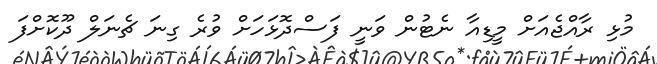
މުޅި ރާއްޖެއަށް މީޑިއާ ނެޓުން ވަނީ ފަސްދޮޅަހަށް ވުރެ ގިނަ ޗެނަލް ދޫކޮށްފަ